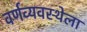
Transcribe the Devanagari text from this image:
वर्णव्यवस्थेला